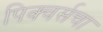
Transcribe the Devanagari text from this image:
पिक्चर्सचा